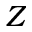
Z